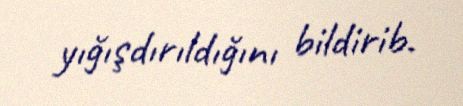
yığışdırıldığını bildirib.